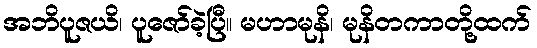
အဘိပူဇယိ၊ ပူဇော်ခဲ့ပြီ။ မဟာမုနိ၊ မုနိတကာတို့ထက်